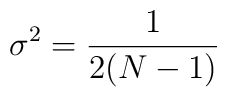
\sigma^2 = {1\over {2(N-1)}}